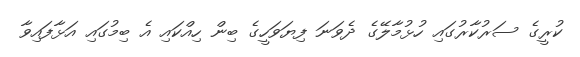
ކުރީގެ ސަރުކާރުގައި ހުޅުމާލޭގެ ދެވަނަ ފިޔަވަހީގެ ބިން ހިއްކައި އެ ބިމުގައި އަޅާފައިވާ